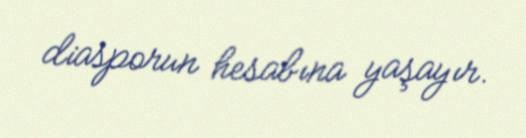
diasporun hesabına yaşayır.